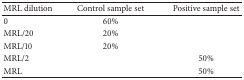
| MRL dilution | Control sample set | Positive sample set |
 | --- | --- | --- |
 | 0 | 60% |  |
 | MRL/20 | 20% |  |
 | MRL/10 | 20% |  |
 | MRL/2 |  | 50% |
 | MRL |  | 50% |